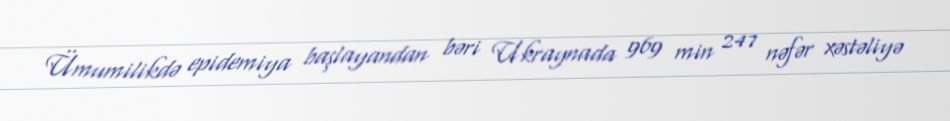
Ümumilikdə epidemiya başlayandan bəri Ukraynada 969 min 247 nəfər xəstəliyə